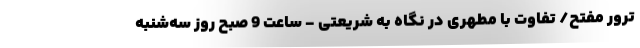
ترور مفتح/ تفاوت با مطهری در نگاه به شریعتی - ساعت 9 صبح روز سه‌شنبه